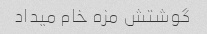
گوشتش مزه خام میداد